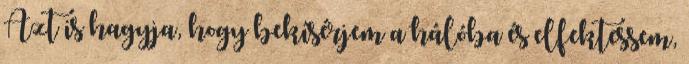
Azt is hagyja, hogy bekísérjem a hálóba és elfektessem,